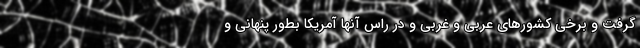
گرفت و برخی کشورهای عربی و غربی و در راس آنها آمریکا بطور پنهانی و